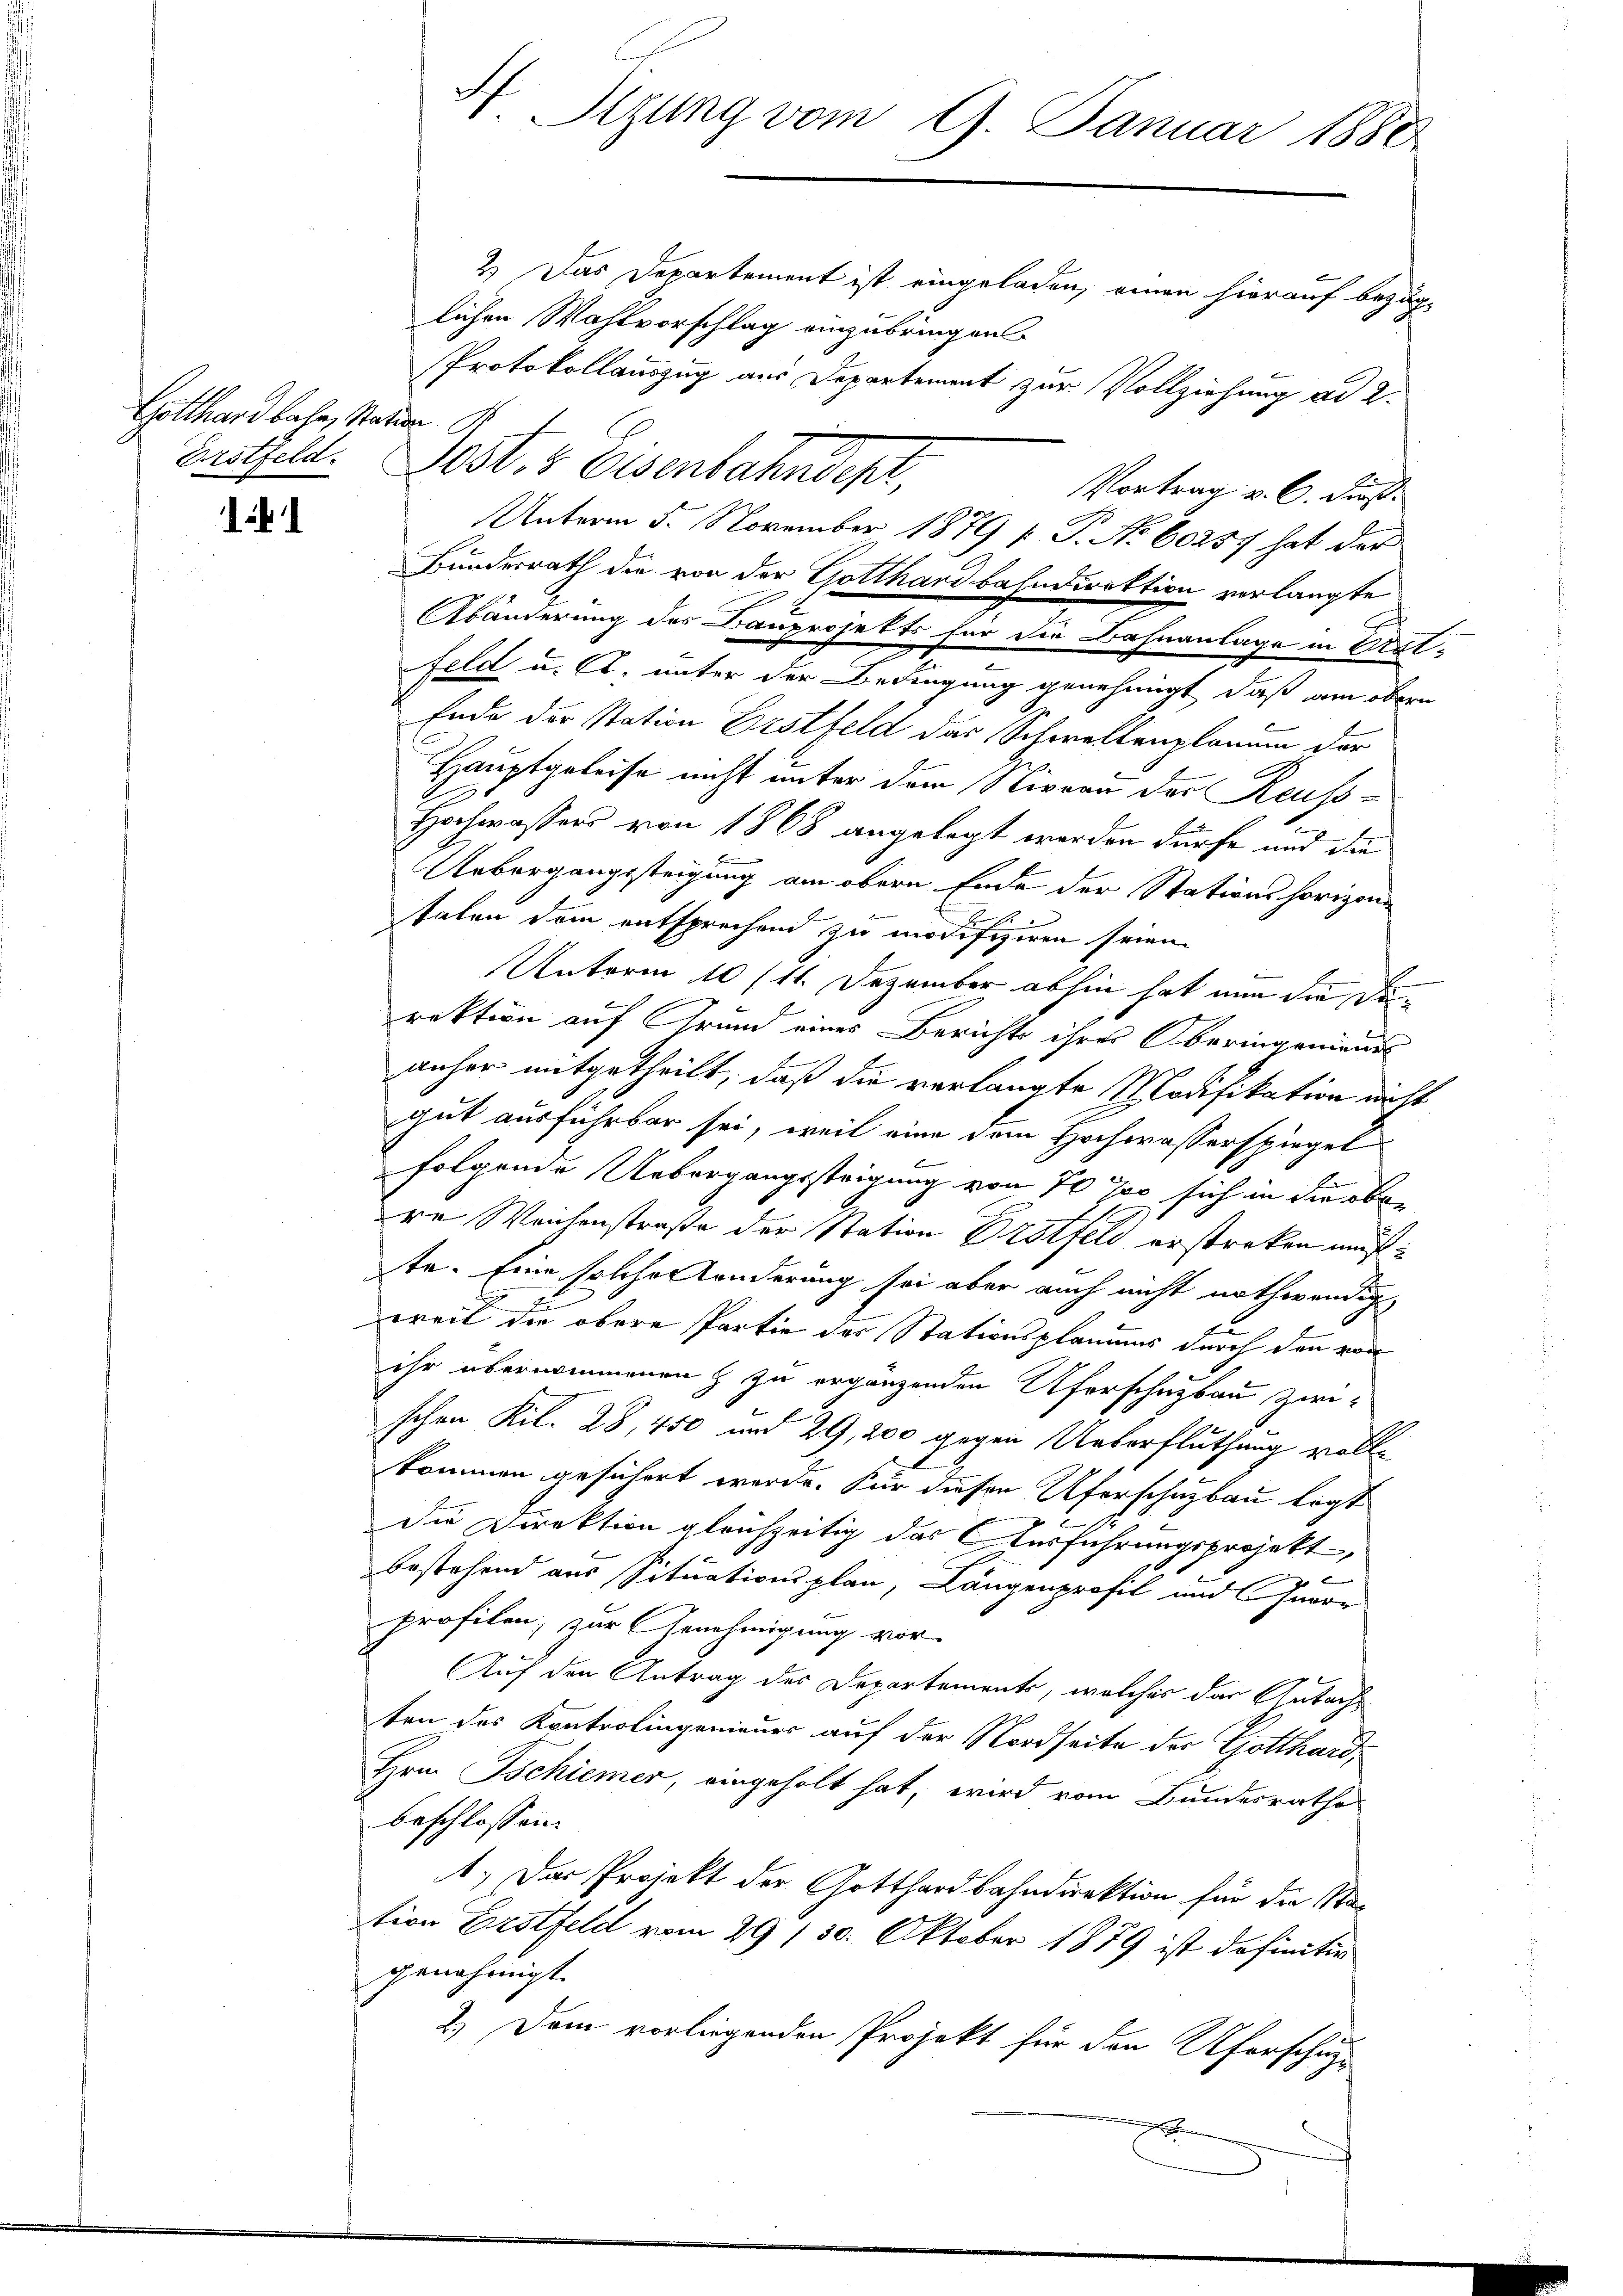
Gotthardbahn, Station
Erstfeld.

11

Protokollauszug aus Departement zur Vollziehung ad 2.
Post- & Eisenbahndept,
Vortrag v. C. Dies
Bundesrath die von der Gotthardbahndirektion verlangte
s
Abänderung des Bauprojekts für die Bahnanlage in Rat-
feld u. A. unter der Bedingung genehmigt, daß am obern
Ende der Station Erstfeld das Schwellenplane der
Hauptgeleise nicht unter dem Niveau der Reuss-
Hochwassers von 1868 angelegt werden dürfe und die
Uebergangssteigung am obern Ende der Stationshorizon
E
talen dem entsprechend zu modifiziren seien.
Unterm 10/11. Dezember abhin hat nun die Derektion auf Grund eines Berichts ihrer Oberingenieurs
2
anher mitgetheilt, daß die verlangte Modifikation nicht
gut ausführbar sei, weil eine dem Hochwasserspiegel
folgende Uebergangssteigung von 70 % sich in die bere Weichenstraße der Station Erstfeld erstreken muß
te. Eine solcher Sonderung sei aber auch nicht nothwendig
weit die obere Partie der Stationsplanums durch den von
ihr übernommenen & zu ergänzenden Uferschuzbau zwi-
schen Kil. 28, 450 und 29, 200 gegen Ueberfluthung vollkommen gesichert werde. Für diesen Uferschuzbau legt
die Direktion gleichzeitig das Ausführungsprojekt,
 x
bestehend aus Situationsplan, Längenprofil und Curre
profilen; zur Genehmigung vor
Auf den Antrag des Departements, welches das Gutachten des Kontrolingenieurs auf der Nordseite der Gotthard,
Hrn. Tschiener, eingeholt hat, wird vom Bundesrathe
beschlossen:
1.) Das Projekt der Gotthardbahndirektion für die Station Erstfeld vom 29 130. Oktober 1879 ist definitiv
genehmigt.
2.) Dem vorliegenden Projekt für den Uferschuz-
e

H. Sizung vom 9. Januar 1880
2.) Das Departement ist eingeladen, einen hierauf bezug
lichen Wahlvorschlag einzubringen

Unterm 5. November 1879 [ P. Nr. 60257 hat der